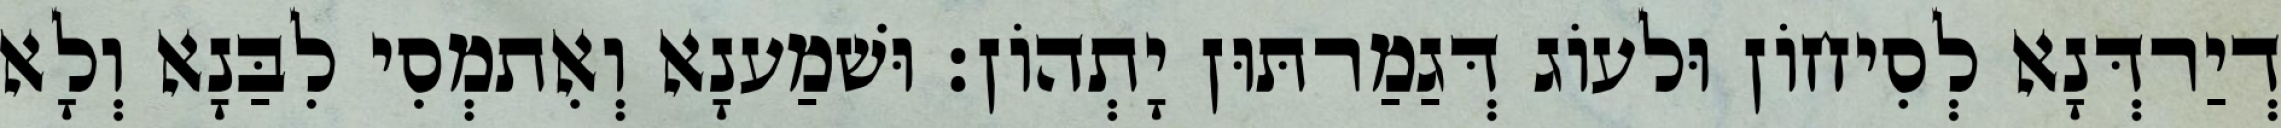
דְיַרדְּנָא לְסִיחוֹן וּלעוֹג דְּגַמַרתּוּן יָתְהוֹן׃ וּשׁמַענָא וְאִתמְסִי לִבַּנָא וְלָא